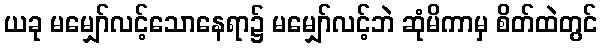
ယခု မမျှော်လင့်သောနေရာ၌ မမျှော်လင့်ဘဲ ဆုံမိကာမှ စိတ်ထဲတွင်